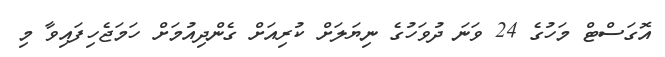
އޮގަސްޓް މަހުގެ 24 ވަނަ ދުވަހުގެ ނިޔަލަށް ކުރިއަށް ގެންދިއުމަށް ހަމަޖެހިފައިވާ މި